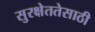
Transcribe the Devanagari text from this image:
सुरक्षेततेसाठी